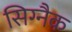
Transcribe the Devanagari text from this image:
सिग्‍नैक